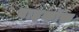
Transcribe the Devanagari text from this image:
वाइकॉफ़